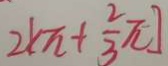
2 k \pi + \frac { 2 } { 3 } \pi ]